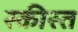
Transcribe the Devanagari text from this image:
स्कीस्त